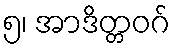
၅၊ အာဒိတ္တဝဂ်